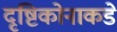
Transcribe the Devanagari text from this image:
दृष्टिकोनाकडे